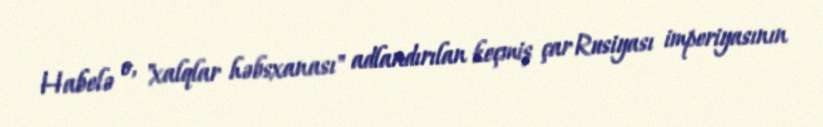
Habelə o, "xalqlar həbsxanası" adlandırılan keçmiş çar Rusiyası imperiyasının